DOW-UAP-D51, Email Correspondence, Pacific Time Zone, March 2023
Agency: Department of War
Incident date: 3/23/26
Incident location: Pacific Time Zone
Page 3
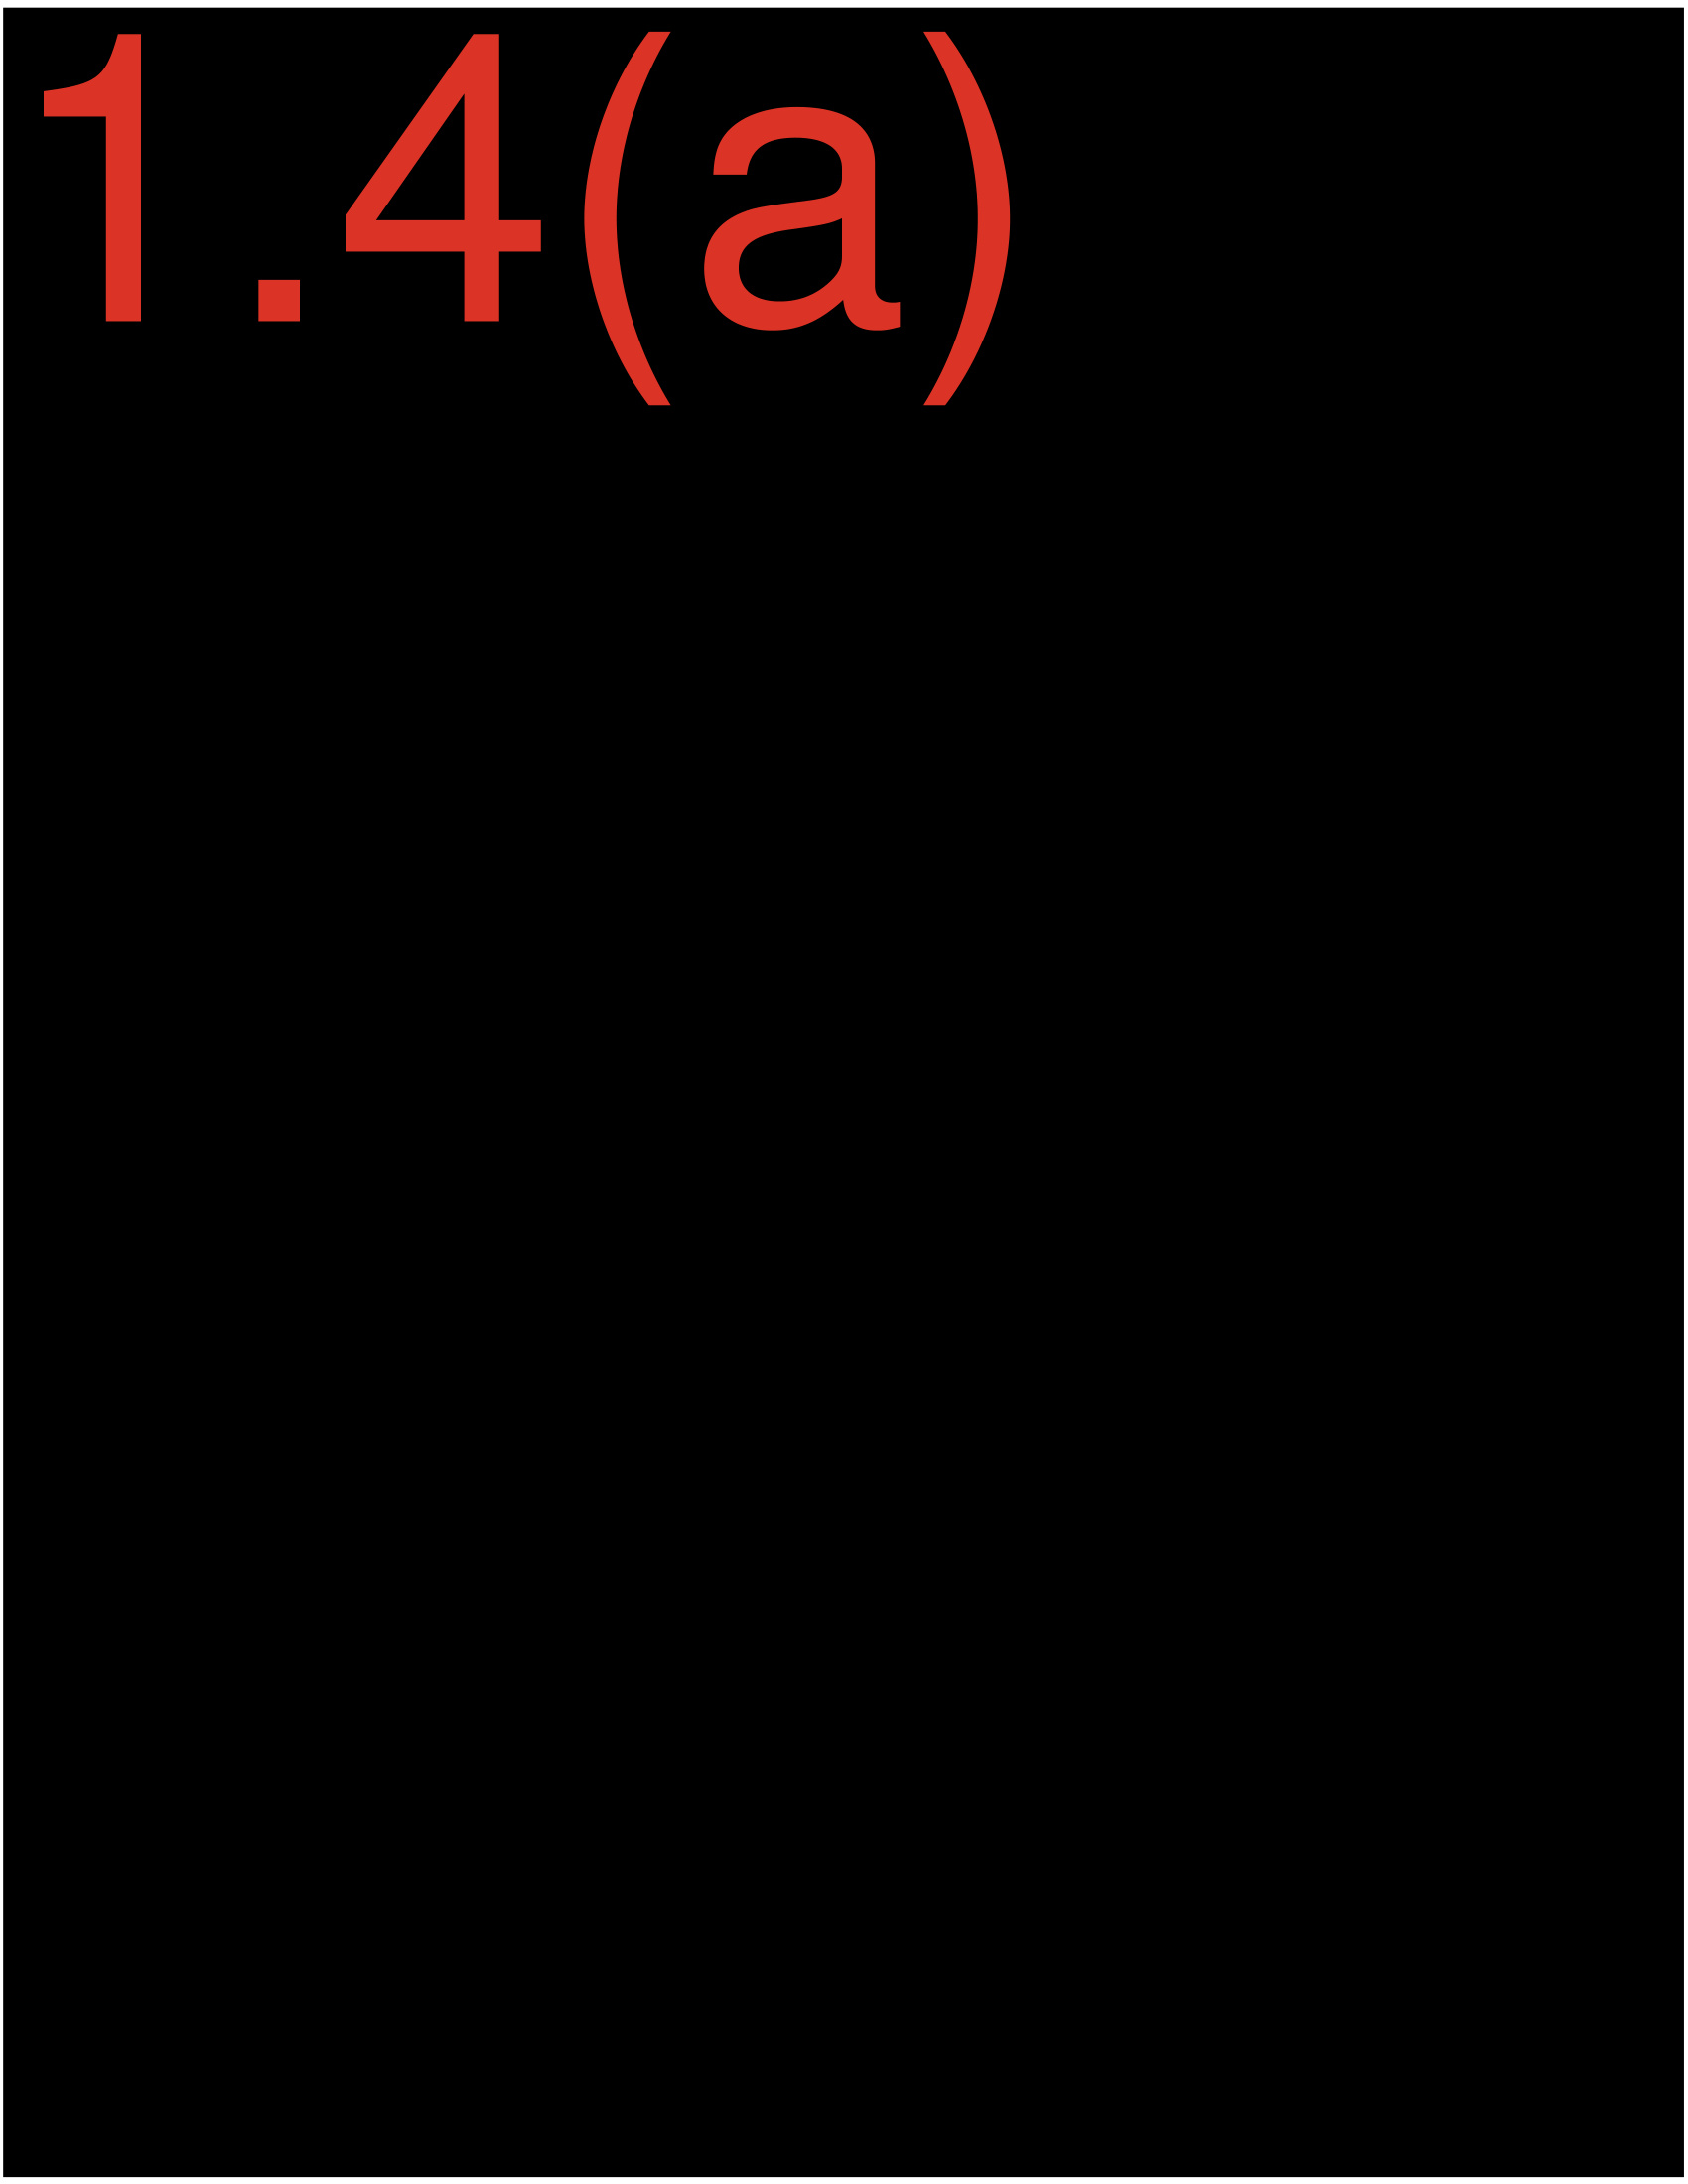